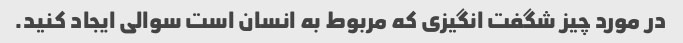
در مورد چیز شگفت انگیزی که مربوط به انسان است سوالی ایجاد کنید.